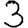
Digit: 3